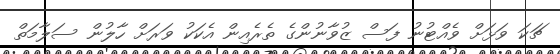
ޗަކަ ވަޅަށް ވެއްޓުނު ފަސް ޒުވާނުންގެ ތެރެއިން އެކަކު ވަރަށް ހާލުން ސަލާމަތް